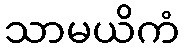
သာမယိကံ